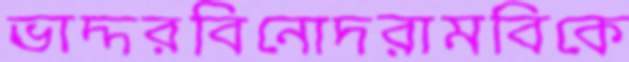
ভাদ্দরবিনোদরামবিকে